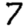
Digit: 7